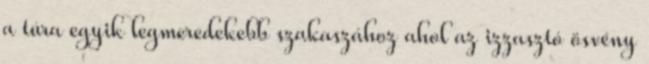
a túra egyik legmeredekebb szakaszához ahol az izzasztó ösvény